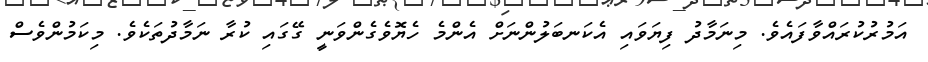
އަމުރުކުރައްވާފައެވެ. މިނަމާދު ފިޔަވައި އެކަނބަލުންނަށް އެންމެ ހެޔޮވެގެންވަނީ ގޭގައި ކުރާ ނަމާދުތަކެވެ. މިކަމުންވެސް